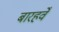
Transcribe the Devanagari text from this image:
बारहवेँ